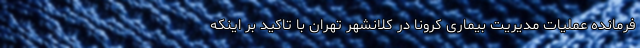
فرمانده عملیات مدیریت بیماری کرونا در کلانشهر تهران با تاکید بر اینکه